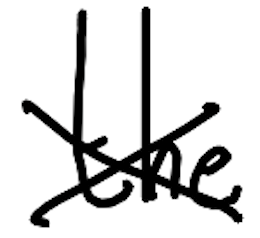
Text: the
Cross-out: cross
Writing tool: digital_black